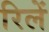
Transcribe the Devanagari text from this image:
रिलें